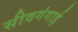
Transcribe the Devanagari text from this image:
सीवगंगाई